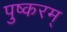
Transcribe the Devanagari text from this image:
पुष्करम्‌